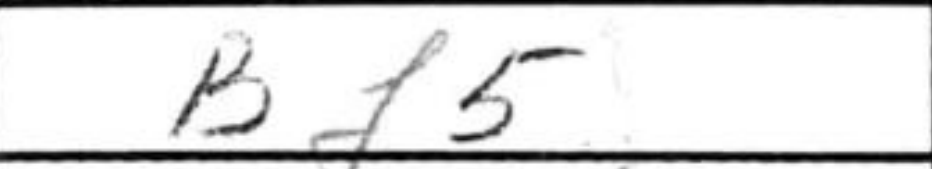
Transcription: Bf5